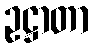
ဥဋ္ဌာတာ